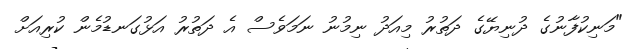
"މަނިކުފާނުގެ ދުނިޔޭގެ ދަތުރު މިއަދު ނިމުނު ނަމަވެސް އެ ދަތުރު އަޅުގަނޑުމެން ކުރިއަށް